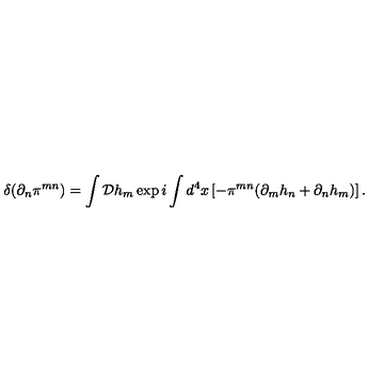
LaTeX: \delta ( \partial _ { n } \pi ^ { m n } ) = \int { \cal D } h _ { m } \exp i \int d ^ { 4 } x \left[ - \pi ^ { m n } ( \partial _ { m } h _ { n } + \partial _ { n } h _ { m } ) \right] .